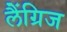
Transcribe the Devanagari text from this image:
लैंग्रिज